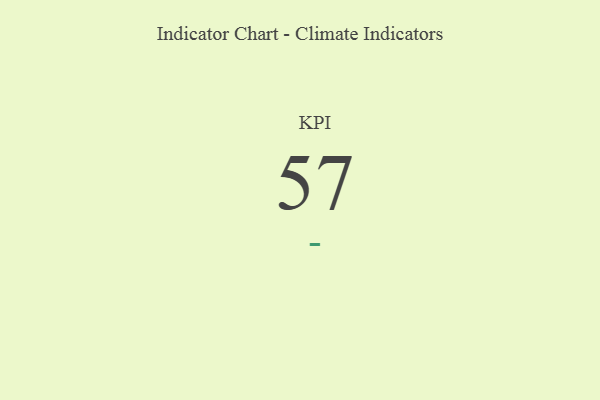
{"axis": {"x": "KPI", "y": "Value"}, "legend": [""], "data": [{"x": "KPI", "y": 57, "type": ""}]}